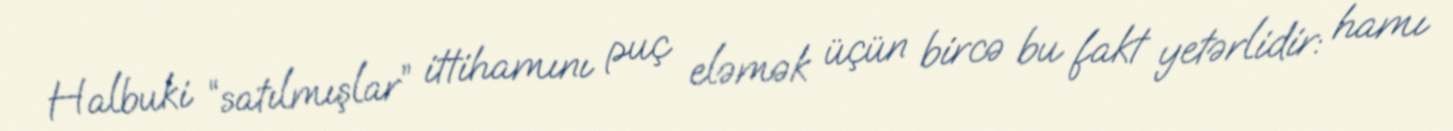
Halbuki “satılmışlar” ittihamını puç eləmək üçün bircə bu fakt yetərlidir: hamı